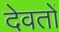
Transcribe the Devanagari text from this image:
देवतों